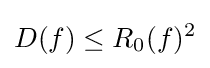
D(f)\leq R_{0}(f)^{2}